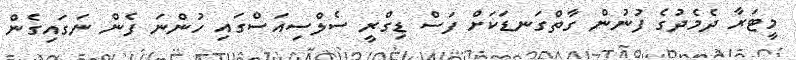
މީޓަރާ ދެމެދުގެ ފުނުން ގާތްގަނޑަކަށް ފަސް ޑިގްރީ ސެލްސިއަސްގައި ހުންނަ ފެން ނަގައިގެން